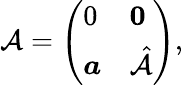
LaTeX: \mathcal{A}=\left(\begin{array}{ll}{0}&{\boldsymbol{0}}\\ {\boldsymbol{a}}&{\hat{\mathcal{A}}}\end{array}\right),